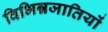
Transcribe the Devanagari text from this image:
विभिन्नजातियों